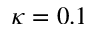
\kappa = 0 . 1